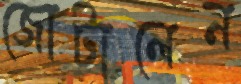
জোটালেন